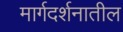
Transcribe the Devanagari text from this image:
मार्गदर्शनातील